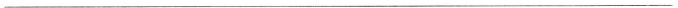
___